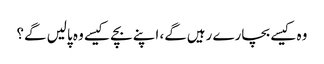
وہ کیسے بچارے رہیں‌گے، اپنے بچے کیسے وہ پالیں‌ گے؟